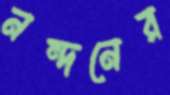
নন্দনের